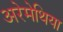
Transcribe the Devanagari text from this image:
अरेमेथिया